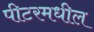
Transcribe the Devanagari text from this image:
पीटरमधील